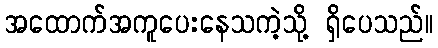
အထောက်အကူပေးနေသကဲ့သို့ ရှိပေသည်။